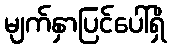
မျက်နှာပြင်ပေါ်ရှိ